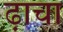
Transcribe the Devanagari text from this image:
ढ़ाचा